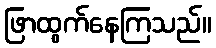
ဖြာထွက်နေကြသည်။